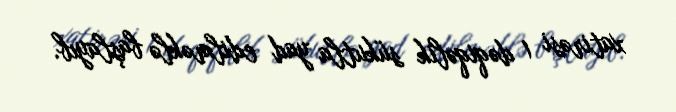
xatirəsi 1 dəqiqəlik sükutla yad edilməklə başlayıb.